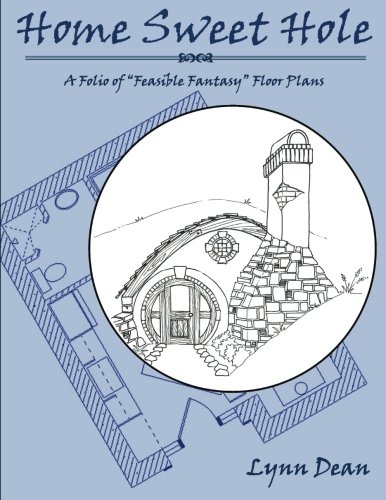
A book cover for Home Sweet Hole: A Folio of Feasible Fantasy Floor Plans; Lynn Dean; Arts & Photography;